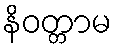
နိဝတ္တာမ